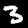
Digit: 3